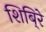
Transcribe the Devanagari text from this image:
शिबि्रे